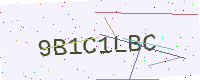
Text: 9B1C1LBC